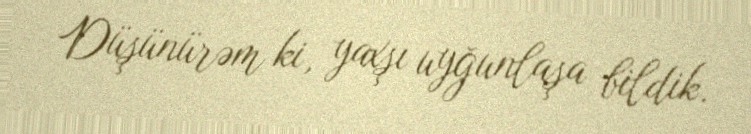
Düşünürəm ki, yaxşı uyğunlaşa bildik.